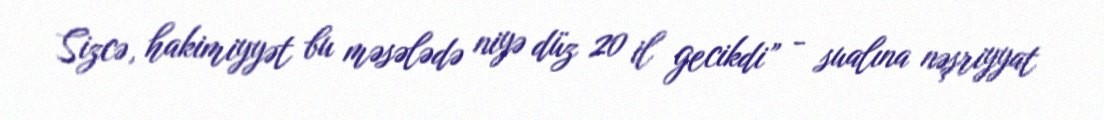
Sizcə, hakimiyyət bu məsələdə niyə düz 20 il gecikdi” - sualına nəşriyyat